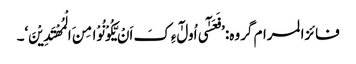
فائزالمرام گروہ: ’فَعَسٰٓی اُولٰٓءِکَ اَنْ یَّکُوْنُوْا مِنَ الْمُھْتَدِیْنَ‘۔